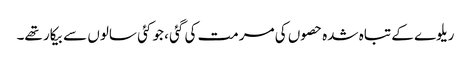
ریلوے کے تباہ شدہ حصوں کی مرمت کی گئی ، جو کئی سالوں سے بیکار تھے۔